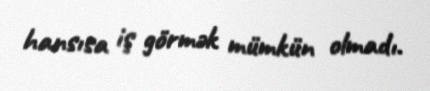
hansısa iş görmək mümkün olmadı.